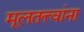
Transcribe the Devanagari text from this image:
मूलतत्त्वांना